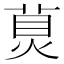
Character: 𤊾